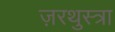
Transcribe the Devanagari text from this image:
ज़रथुस्त्रा